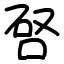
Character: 唘